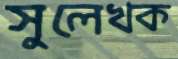
সুলেখক